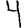
Digit: 4